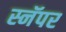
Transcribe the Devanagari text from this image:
स्नॅपर